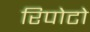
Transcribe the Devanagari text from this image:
रिपोटो